Annual report of the Punjab Veterinary College and of the Civil Veterinary Department, Punjab - 1894-1908
Year: 1894
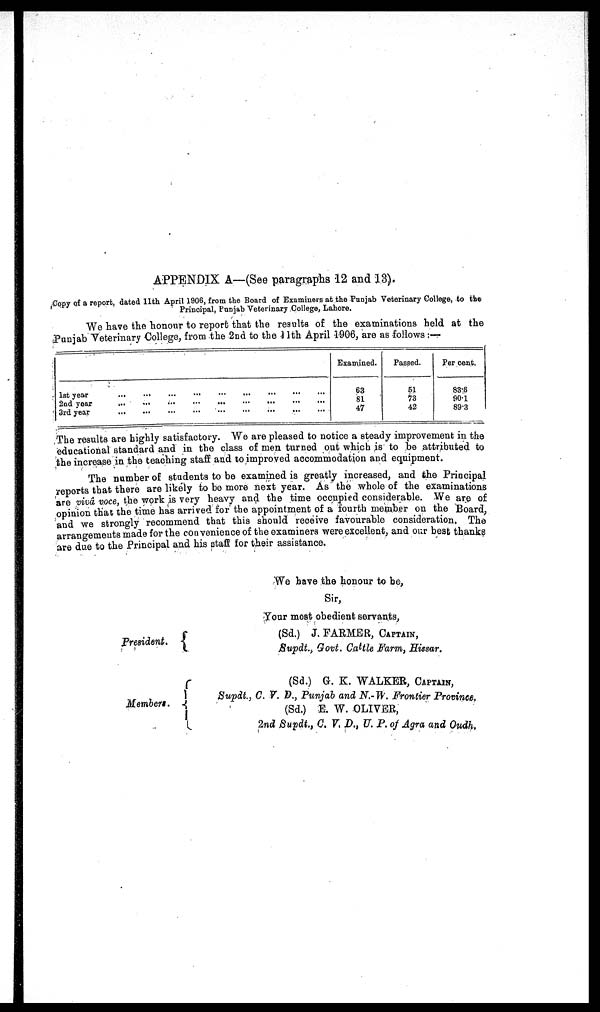
APPENDIX A—(See paragraphs 12 and 13).
Copy of a report, dated 11th April 1906, from the Board of Examiners at the Punjab Veterinary College, to the
Principal, Punjab Veterinary College, Lahore.
We have the honour to report that the results of the examinations held at the
Punjab Veterinary College, from the 2nd to the 11th April 1906, are as follows :—
1st year ... ... ... ... ... ... ... ... ...
2nd year ... ... ... ... ... ... ... ... ...
3rd year ... ... ... ... ... ... ... ... ...
Examined.
63
81
47
Passed.
51
73
42
Per cent.
83.6
90.1
89.3
The results are highly satisfactory. We are pleased to notice a steady improvement in the
educational standard and in the class of men turned out which is to be attributed to
the increase in the teaching staff and to improved accommodation and equipment.
The number of students to be examined is greatly increased, and the Principal
reports that there are likely to be more next year. As the whole of the examinations
are vivâ voce, the work is very heavy and the time occupied considerable. We are of
opinion that the time has arrived for the appointment of a fourth member on the Board,
and we strongly recommend that this should receive favourable consideration. The
arrangements made for the convenience of the examiners were excellent, and our best thanks
are due to the Principal and his staff for their assistance.
We have the honour to be,
Sir,
Your most obedient servants,
President.
Members.
(Sd.) J. FARMER, CAPTIAN,
Supdt., Govt. Cattle Farm, Hissar.
(Sd.) G. K. WALKER, CAPTIAN,
Supdt., C. V. D., Punjab and N.- W. Frontier Province.
(Sd.) E. W. OLIVER,
2nd Supdt., C, V, D., U. P. of Agra and Oudh.